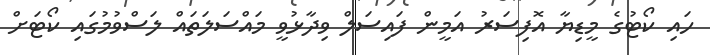
ހައި ކޯޓުގެ މީޑިޔާ އޮފިސަރު އަމީން ފައިސަލް ވިދާޅުވީ މައްސަލަތައް ލަސްވުމުގައި ކޯޓަށް